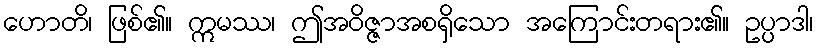
ဟောတိ၊ ဖြစ်၏။ ဣမဿ၊ ဤအဝိဇ္ဇာအစရှိသော အကြောင်းတရား၏။ ဥပ္ပာဒါ၊